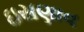
ઇસણાવ